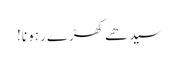
سیدھے کھڑے رہو نا!